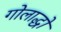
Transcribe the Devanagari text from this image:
गोलाद्धो